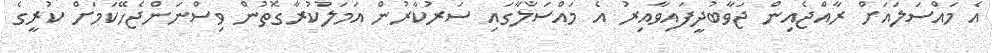
އެ މައްސަލައަށް ރާއްޖެއިން ޖަވާބުދީފައިވާއިރު އެ މައްސަލާގައި ސަރުކާރުން އަމަލުކުރާގޮތުން ވިސްނަންޖެހޭކަމަށް ކުރީގެ